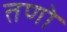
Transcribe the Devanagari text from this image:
तणो